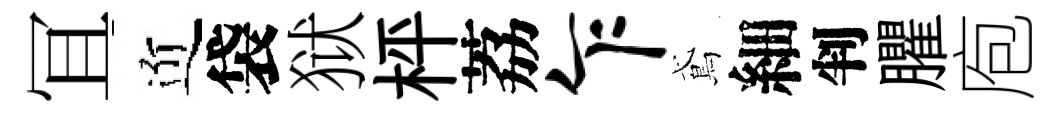
冝近袋狱枰荔乍鳶細判臞庖